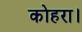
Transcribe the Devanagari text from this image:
कोहरा।